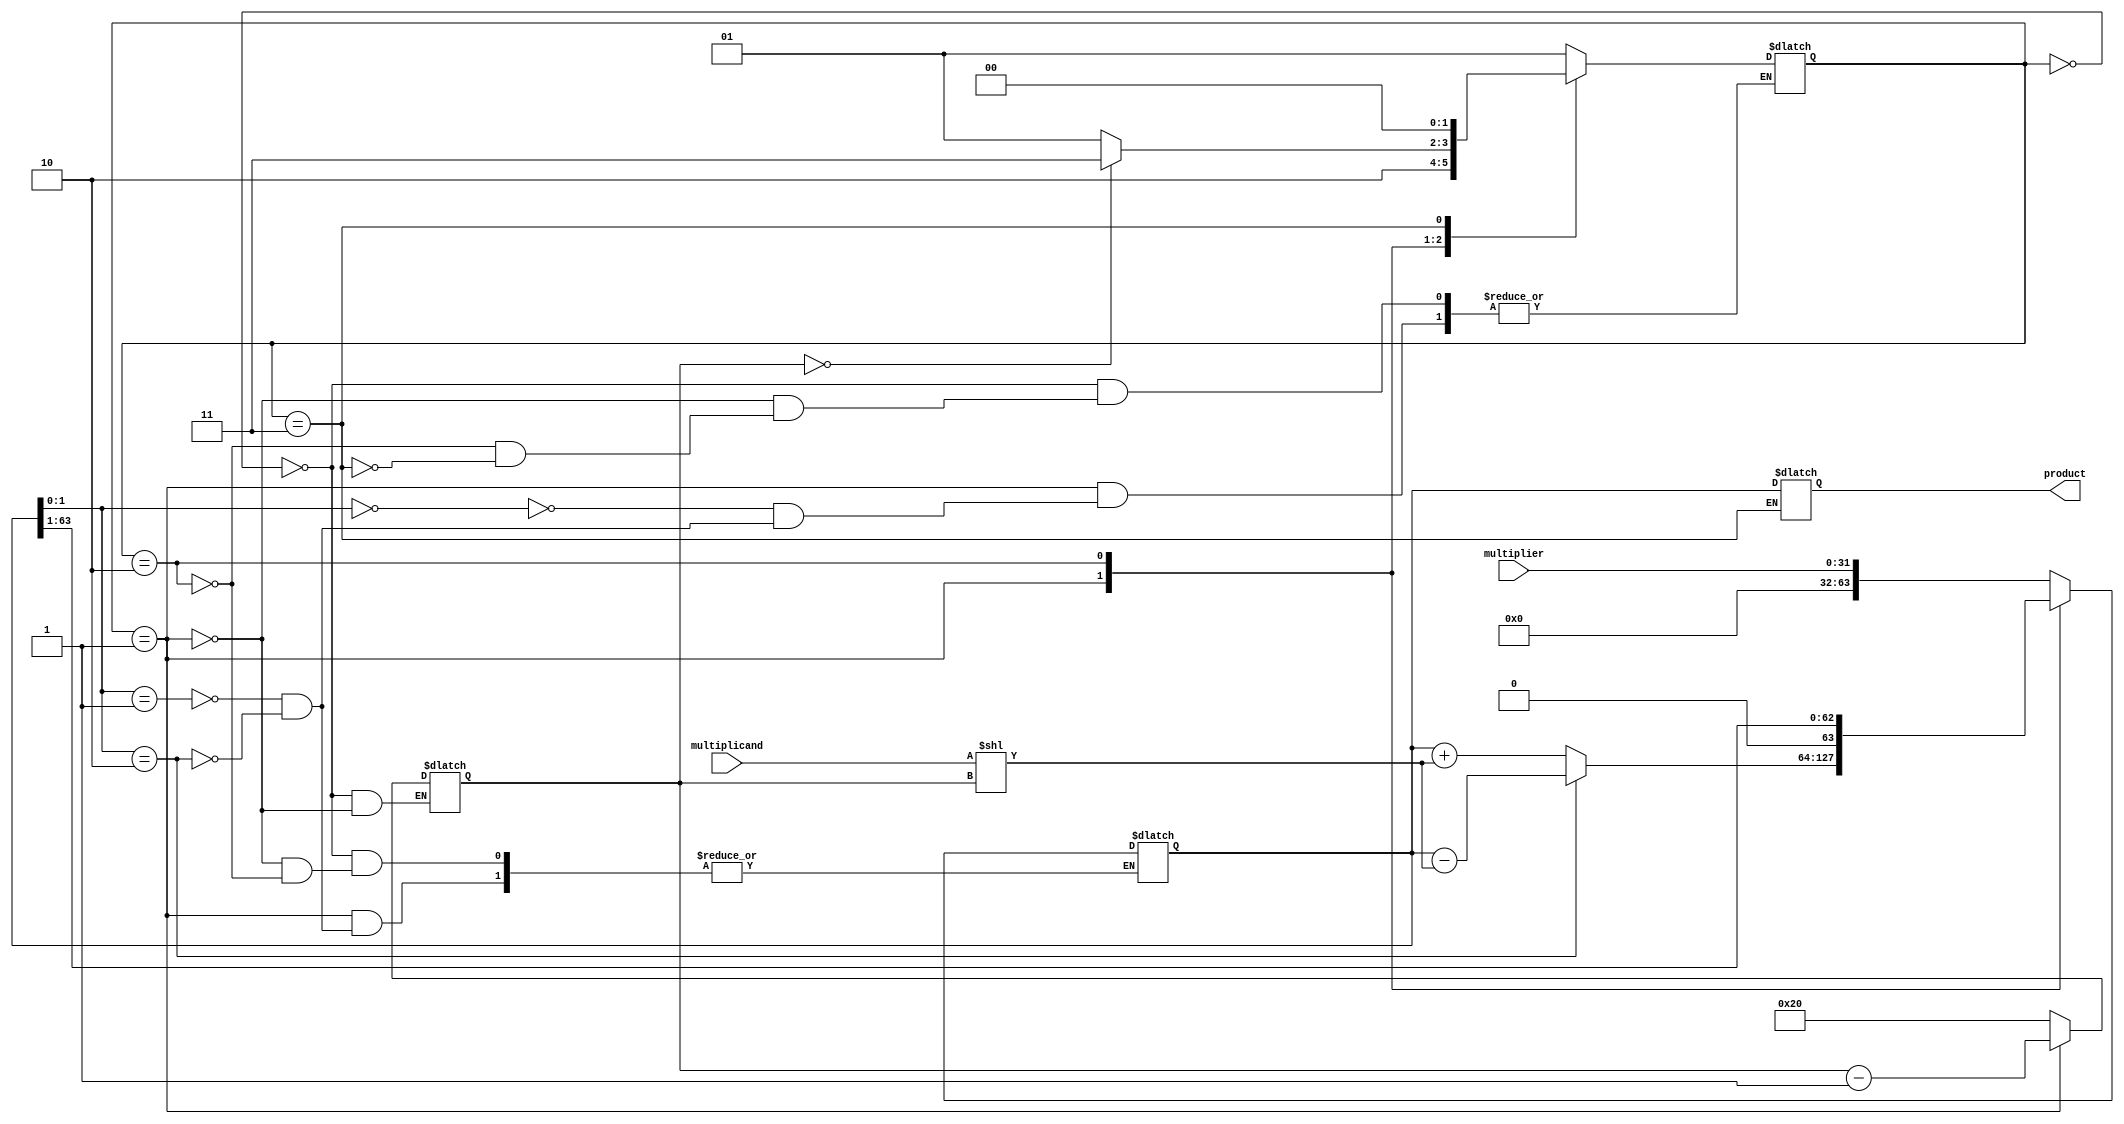
module booth_multiplier (
    input [31:0] multiplicand,
    input [31:0] multiplier,
    output reg [63:0] product
);

reg [63:0] accumulator;
reg [1:0] control;
reg [31:0] count;

always @(*) begin
    case (control)
        2'b00: begin // Initial state
            accumulator <= {32'b0, multiplier};
            count <= 32;
            control <= 2'b01;
        end
        2'b01: begin // Perform arithmetic operations
            case (accumulator[1:0])
                2'b00: begin // No operation
                    control <= 2'b10;
                end
                2'b01: begin // Subtraction
                    accumulator <= accumulator + (multiplicand << count);
                    control <= 2'b10;
                end
                2'b10: begin // Addition
                    accumulator <= accumulator - (multiplicand << count);
                    control <= 2'b10;
                end
            endcase
            count <= count - 1;
        end
        2'b10: begin // Shift accumulator
            accumulator <= accumulator >> 1;
            control <= (count == 0) ? 2'b11 : 2'b01;
        end
        2'b11: begin // Final state
            product <= accumulator;
            control <= 2'b00;
        end
    endcase
end

endmodule